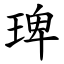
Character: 琕